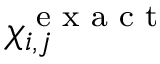
\chi _ { i , j } ^ { \textnormal { e x a c t } }